Report on lock hospitals in British Burma
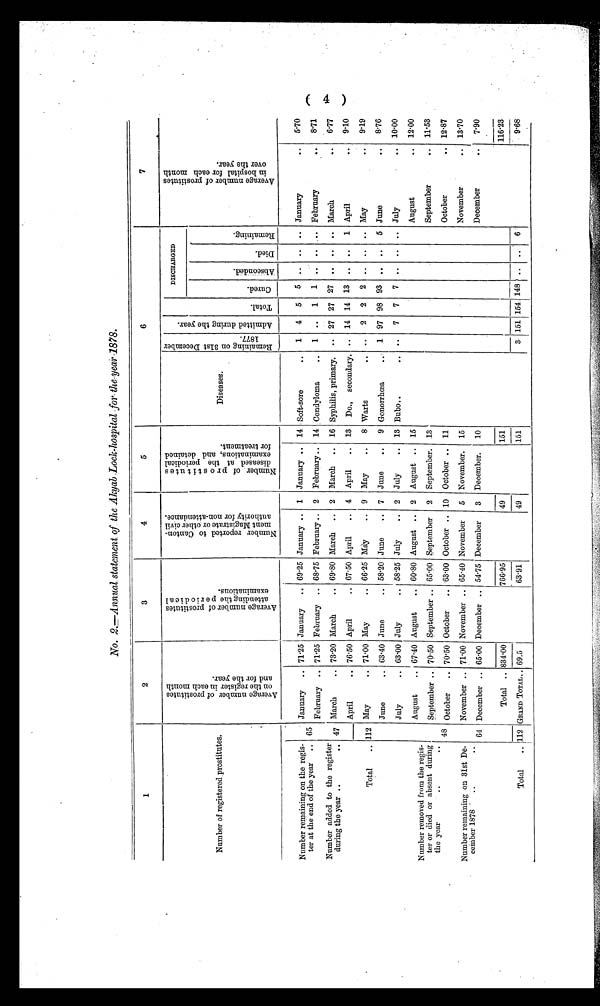
No. 2.—Annual statement of the Akyab Lock-hospital for the year-1878.
1
2
3
4
5
6
7
Number of registered prostitutes.
A v e r a g e n u m b e r o f p r o s t i t u t e s o n t h e r e g i s t e r i n e a c h m o n t h a n d f o r t h e y e a r .
A v e r a g e n u m b e r o f p r o s t i t u t e s a t t e n d i n g t h e p e r i o d i c a l e x a m i n a t i o n s .
N u m b e r r e p o r t e d t o C a n t o n m e n t M a g i s t r a t e o r o t h e r c i v i l a u t h o r i t y f o r n o n - a t t e n d a n c e .
N u m b e r o f p r o s t i t u t e s d i s e a s e d a t t h e p e r i o d i c a l e x a m i n a t i o n s , a n d d e t a i n e d f o r t r e a t m e n t .
Diseases.
R e m a i n i n g o n 3 1 s t D e c e m b e r 1 8 7 7 . A d m i t t e d d u r i n g t h e y e a r .
To t a l .
DISCHARGED
A v e r a g e n u m b e r o f p r o s t i t u t e s i n h o s p i t a l f o r e a c h m o n t h o v e r t h e y e a r .
Cured.
A b s c o n d e d .
Di e d .
R e m a i n i n g .
Number remaining on the regis-
ter at the end of the year .. 65
January .. 71.25 January .. 69.25 January .. 1 January .. 14 Soft-sore
.. 1 4 5 5 .. .. .. January
..
5.70
February .. 71.25 February .. 68.75 February .. 2 February .. 14 Condyloma
. . 1 .. 1 1 .. .. .. February
.. 8.71
Number added to the register
during the year ..
.. 47 March
.. 73.20 March
.. 69.80 March .. 2 March .. 16 Syphilis, primary.
. . 27 27 27 .. .. .. March
.. . 6.77
Total
.. 112
April
.. 76.50 April
.. .67.50 April
.. 4 April
.. 13 Do., secondary.
. . 14 14 13 .. .. 1 April
9.10
May
.. 71.00 May
.. 66.25 May
.. 9 May
.. 8 Warts
. . . . 2 2 2 .. .. .. May
. . 9.19
June
. . 63.40 June
.. 58.20 June
.. 7 June
.. 9 Gonorrhoea
. . 1 97 98 93 ..
. .
5 June
.. 8.76
July
.. 63.00 July
.. 58.25 July
.. 2 July
.. 13 Bubo..
.. .. 7 7 7 .. .. .. July
.. 10.00
August
.. 67.40 August
.. 60.80 August .. 2 August .. 15
August
. . 12.00
Number removed from the regis-
ter or died or absent during
the
September .. 70.50 September .. 65.00 September 2 September. 13
September
.. 11.53
year
48 October .. 7050 October
.. 63.00 October .. 10 October .. 11
October
.. 12.87
Number remaining on 31st De
cember 1878
..
November .. 71.00 November .. 65.40 November
5 November. 15
November
.. 13.70
64 December .. 65.00 December .. 54.75 December
3 December. 10
December
..
7.90
Total .. 834.00
766.95
49
151
116.23
Total
.. 112 GRAND TOTAL..: 69.5
63.91
49
151
3 151 154 148 .. .. 6
9.68
( 4 )